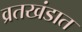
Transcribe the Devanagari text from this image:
व्रतखंडात